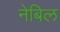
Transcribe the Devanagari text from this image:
नेबिल